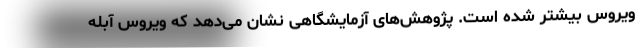
ویروس بیشتر شده است. پژوهش‌های آزمایشگاهی نشان می‌دهد که ویروس آبله‌